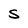
Character: S